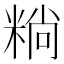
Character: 䊑